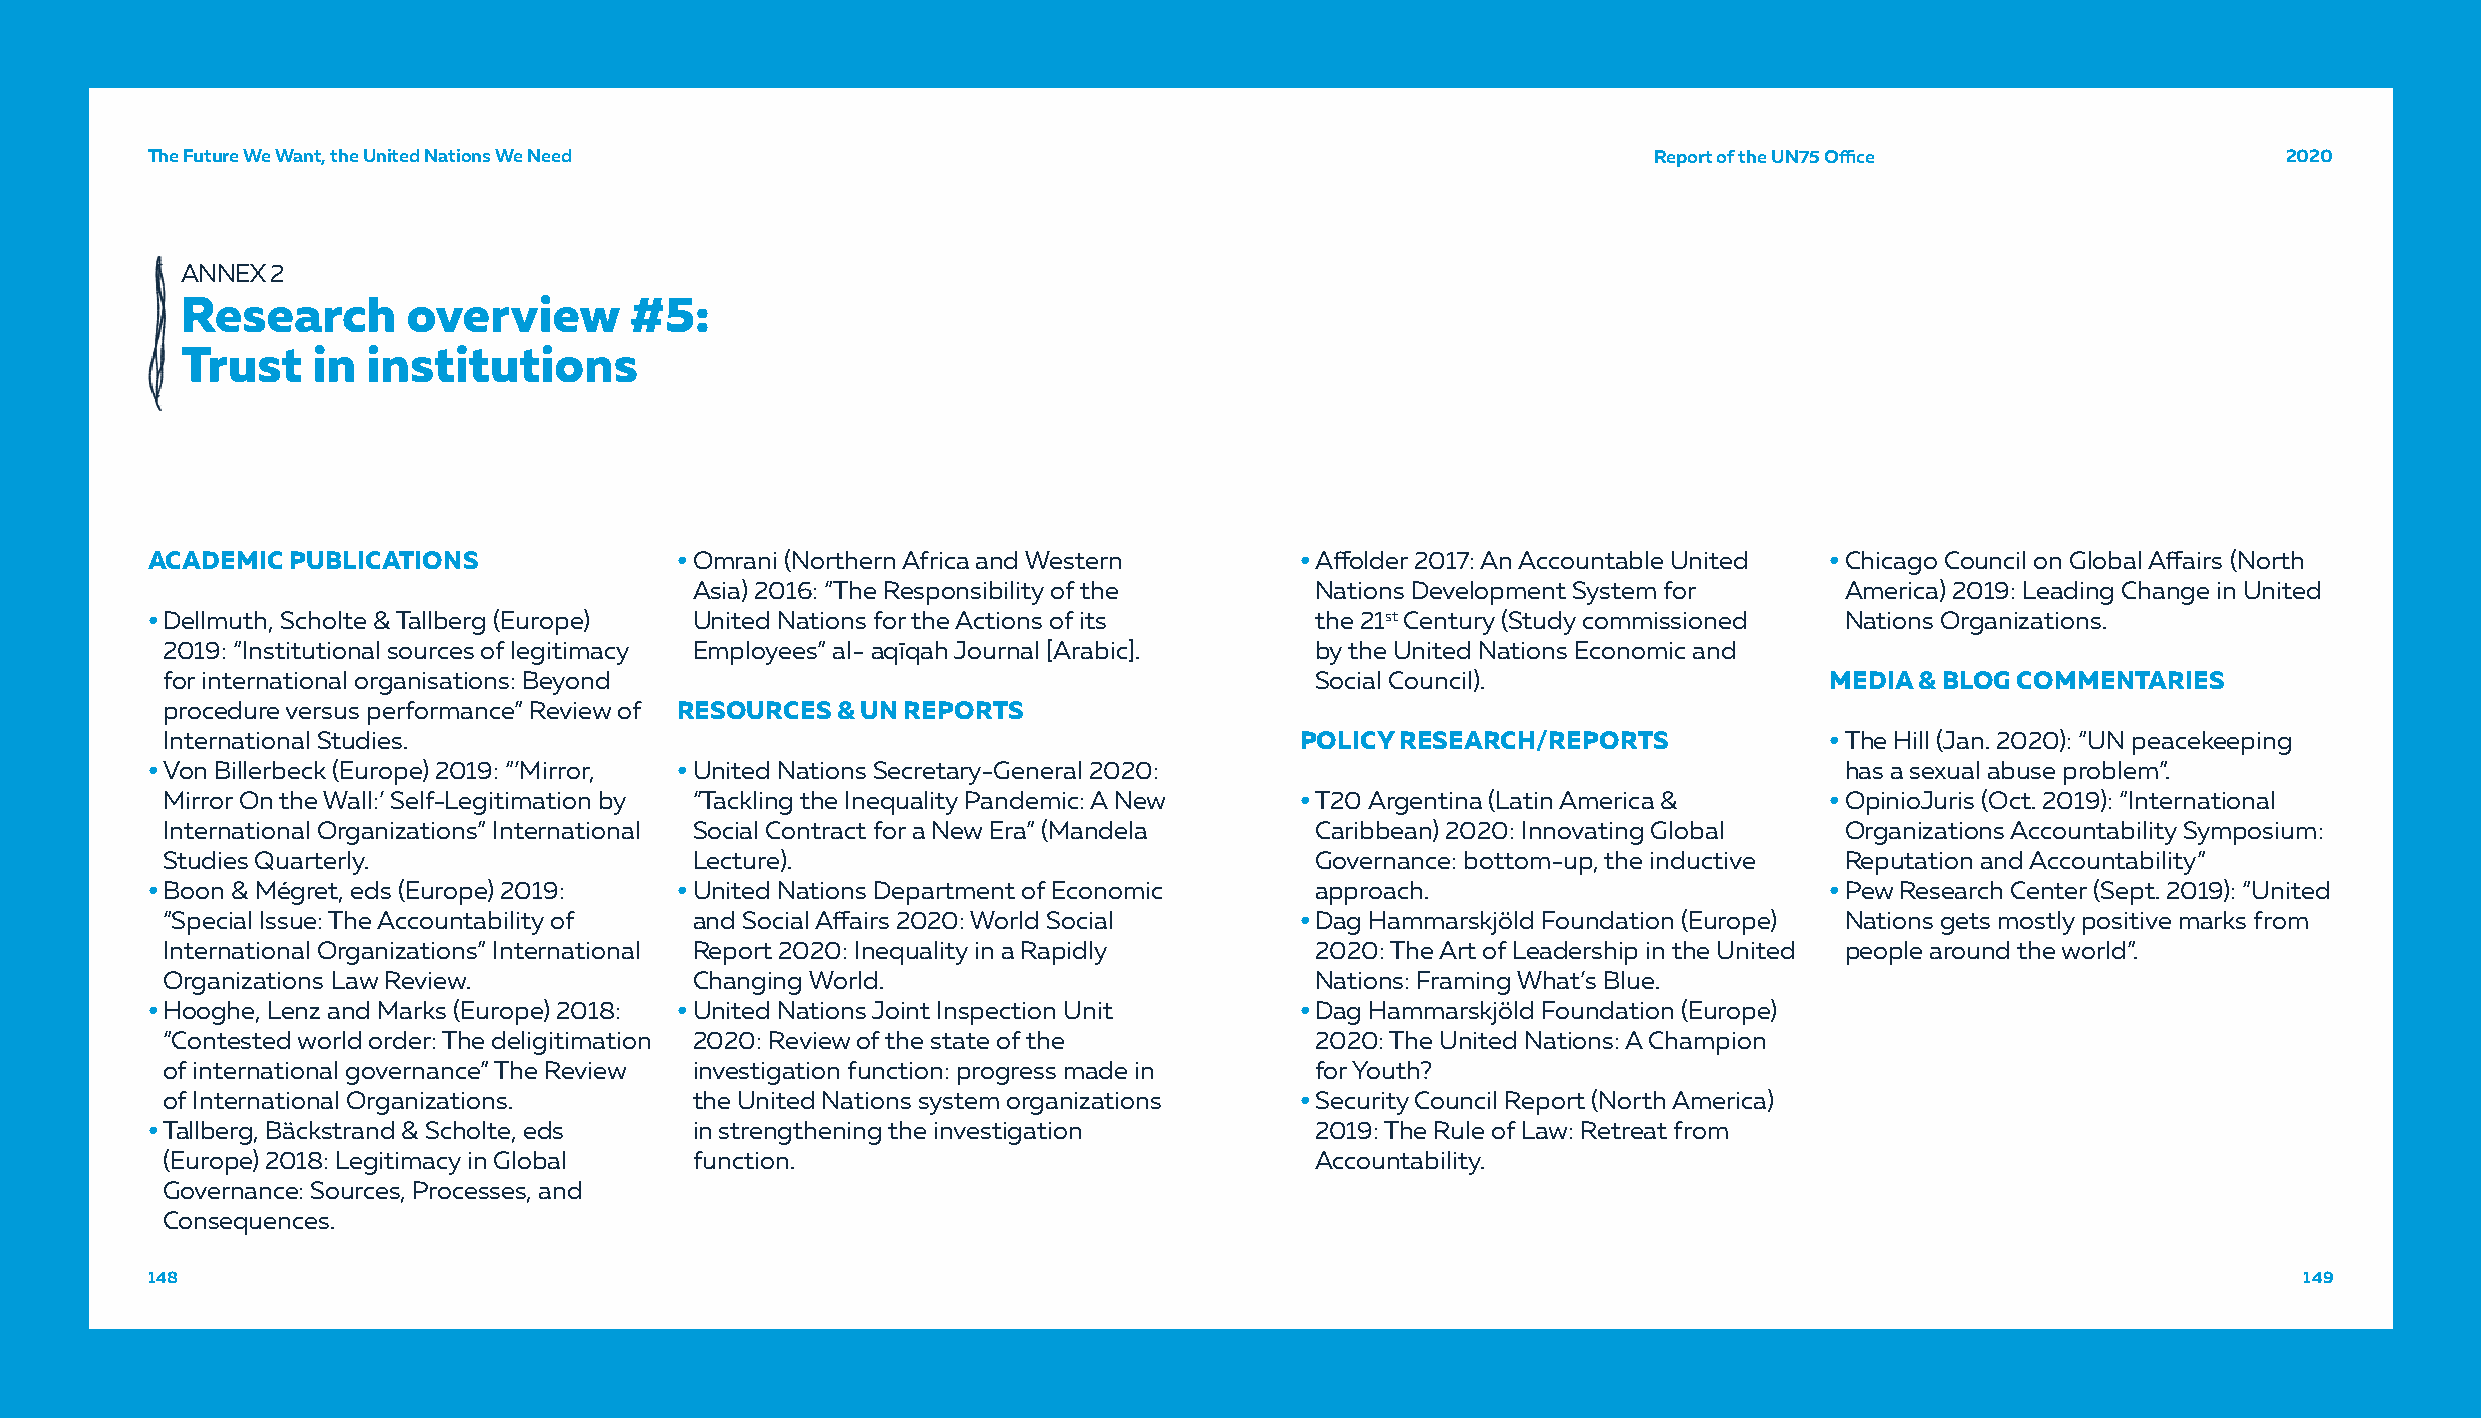
TThhee FFuuttuurree WWee WWaanntt,, tthhee UUnniitteedd NNaattiioonnss WWee NNeeeedd               RRReeepppooorrrttt ooofff ttthhheee UUUNNN777555 OOOffiffifficcceee 222000222000
 ANNEX 2
 Research       overview       #5:
 Trust    in institutions
 ACADEMIC PUBLICATIONS              • Omrani (Northern Africa and Western    • Affolder 2017: An Accountable United • Chicago Council on Global Affairs (North
 Asia) 2016: “The Responsibility of the   Nations Development System for     America) 2019: Leading Change in United
 • Dellmuth, Scholte & Tallberg (Europe) United Nations for the Actions of its the 21st Century (Study commissioned Nations Organizations.
 2019: “Institutional sources of legitimacy Employees” al-Ḥaqīqah Journal [Arabic]. by the United Nations Economic and
 for international organisations: Beyond                                     Social Council).                  MEDIA & BLOG COMMENTARIES
 procedure versus performance” Review of RESOURCES & UN REPORTS
 International Studies.                                                     POLICY RESEARCH/REPORTS            • The Hill (Jan. 2020): “UN peacekeeping
 • Von Billerbeck (Europe) 2019: “’Mirror, • United Nations Secretary-General 2020:                              has a sexual abuse problem”.
 Mirror On the Wall:’ Self-Legitimation by “Tackling the Inequality Pandemic: A New • T20 Argentina (Latin America & • OpinioJuris (Oct. 2019): “International
 International Organizations” International Social Contract for a New Era” (Mandela Caribbean) 2020: Innovating Global Organizations Accountability Symposium:
 Studies Quarterly.                 Lecture).                                Governance: bottom-up, the inductive Reputation and Accountability”
 • Boon & Mégret, eds (Europe) 2019: • United Nations Department of Economic  approach.                         • Pew Research Center (Sept. 2019): “United
 “Special Issue: The Accountability of and Social Affairs 2020: World Social • Dag Hammarskjöld Foundation (Europe) Nations gets mostly positive marks from
 International Organizations” International Report 2020: Inequality in a Rapidly 2020: The Art of Leadership in the United people around the world”.
 Organizations Law Review.          Changing World.                          Nations: Framing What’s Blue.
 • Hooghe, Lenz and Marks (Europe) 2018: • United Nations Joint Inspection Unit • Dag Hammarskjöld Foundation (Europe)
 “Contested world order: The deligitimation 2020: Review of the state of the 2020: The United Nations: A Champion
 of international governance” The Review investigation function: progress made in for Youth?
 of International Organizations.    the United Nations system organizations • Security Council Report (North America)
 • Tallberg, Bäckstrand & Scholte, eds in strengthening the investigation     2019: The Rule of Law: Retreat from
 (Europe) 2018: Legitimacy in Global function.                               Accountability.
 Governance: Sources, Processes, and
 Consequences.
 114488                                                                                                                                        114499